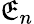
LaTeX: \mathfrak{E}_{n}